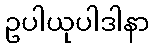
ဥပါယုပါဒါနာ